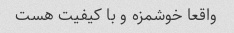
واقعا خوشمزه و با کیفیت هست